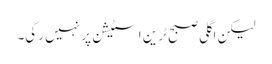
لیکن اگلی صبح ٹرین اسٹیشن پر نہیں رکی۔